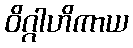
ဝိဂ္ဂါဟိကာယ